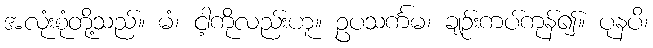
အလုံးစုံတို့သည်။ မံ၊ ငါ့ကိုလည်းဟူ။ ဥပသင်္ကမ၊ ချဉ်းကပ်ကုန်၍။ ပုနပိ၊